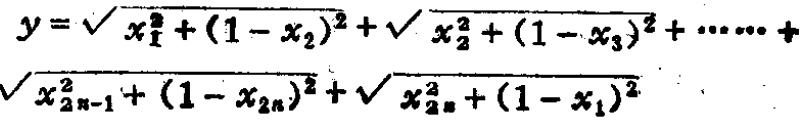
\(y = \sqrt{x_{1}^{2}+(1 - x_{2})^{2}}+\sqrt{x_{2}^{2}+(1 - x_{3})^{2}}+\cdots\cdots+\sqrt{x_{2n - 1}^{2}+(1 - x_{2n})^{2}}+\sqrt{x_{2n}^{2}+(1 - x_{1})^{2}}\)